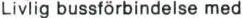
Livlig bussförbindelse med